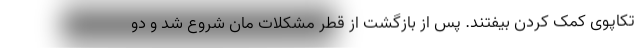
تکاپوی کمک کردن بیفتند. پس از بازگشت از قطر مشکلات مان شروع شد و دو